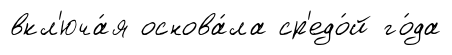
вкл'юча́я основа́ла ср'едо́й го́да